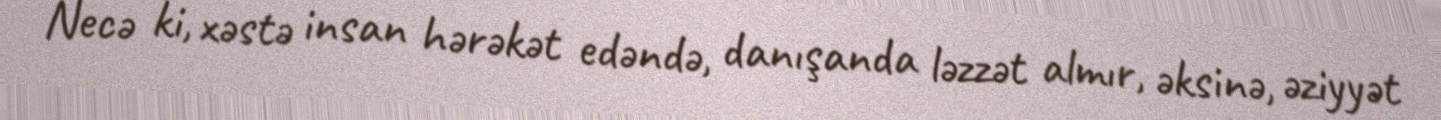
Necə ki, xəstə insan hərəkət edəndə, danışanda ləzzət almır, əksinə, əziyyət